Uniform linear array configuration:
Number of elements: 64
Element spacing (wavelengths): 0.25
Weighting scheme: exponential
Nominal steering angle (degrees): -30
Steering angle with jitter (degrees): -29.329
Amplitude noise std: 0.05
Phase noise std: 0.05

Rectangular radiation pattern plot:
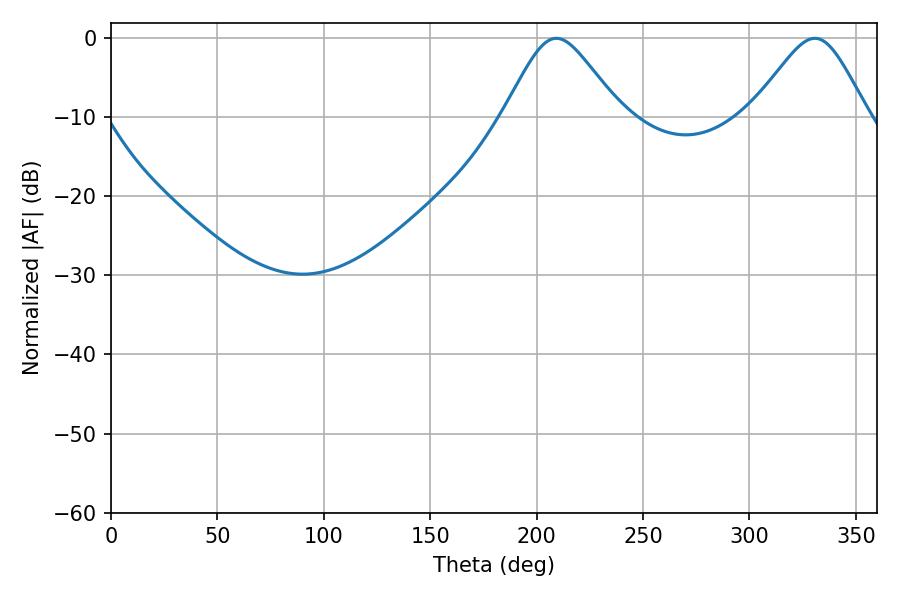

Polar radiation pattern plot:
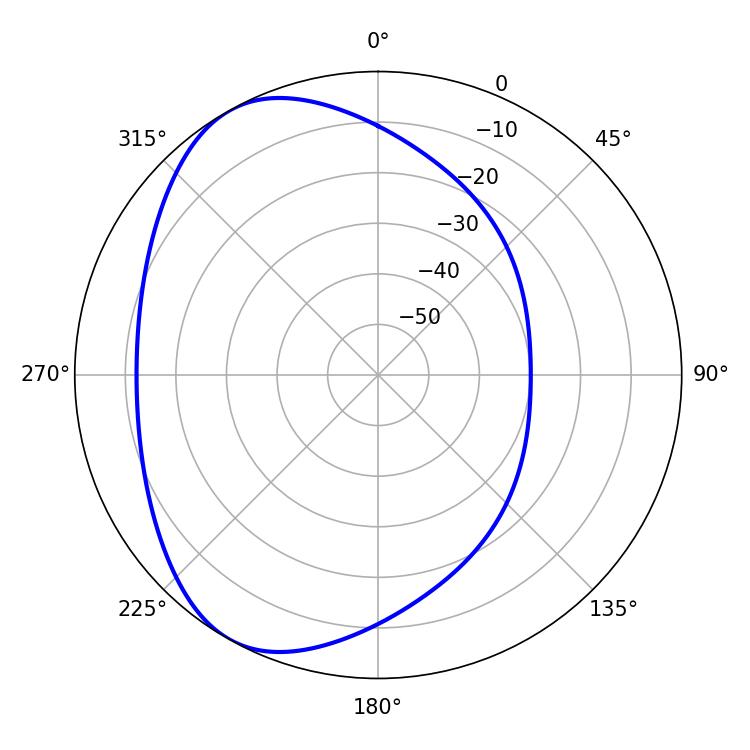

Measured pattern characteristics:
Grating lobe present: FALSE
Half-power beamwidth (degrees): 26.64
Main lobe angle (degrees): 209.34